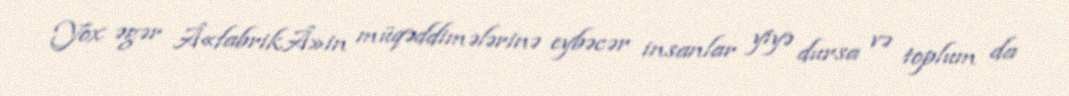
Yox əgər Â«fabrikÂ»in müqəddimələrinə eybəcər insanlar yiyə dursa və toplum da